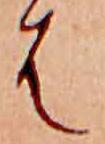
は